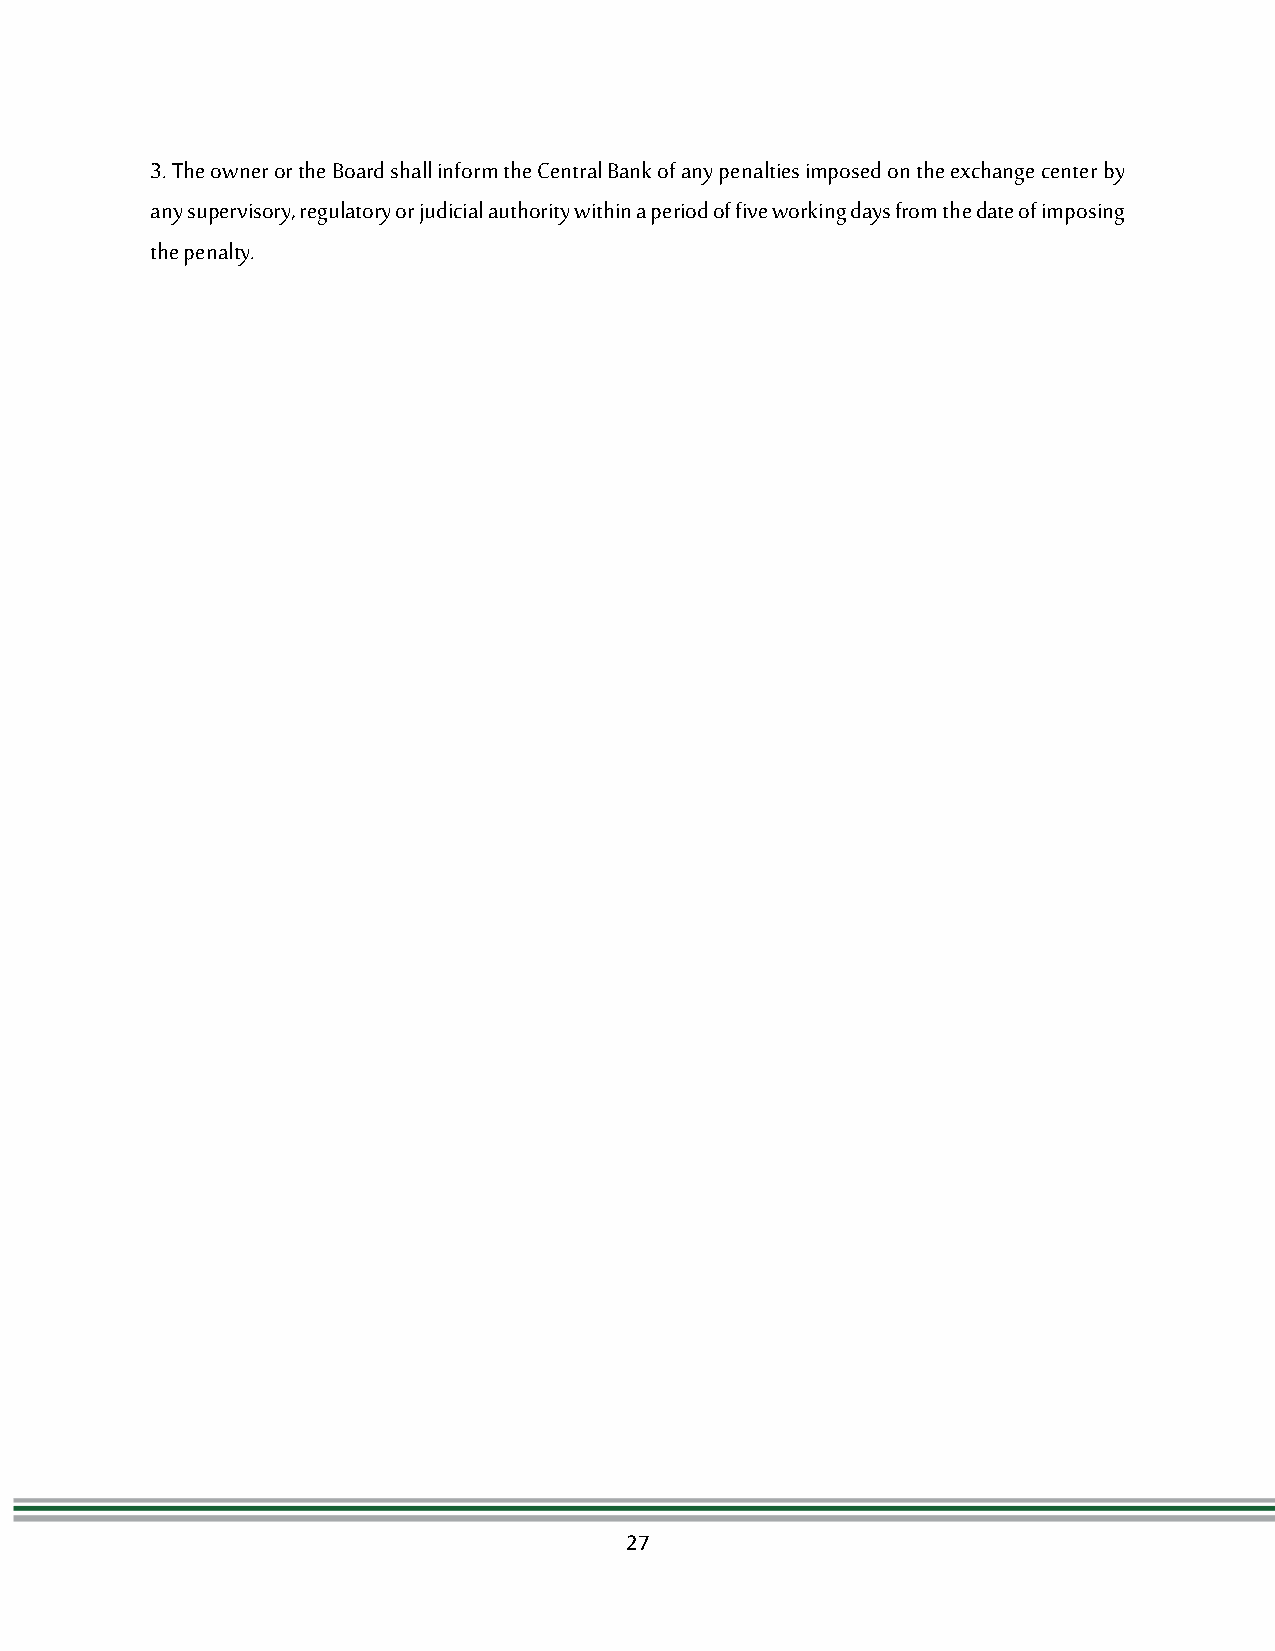
3. The owner or the Board shall inform the Central Bank of any penalties imposed on the exchange center by
 any supervisory, regulatory or judicial authority within a period of five working days from the date of imposing
 the penalty.
 27